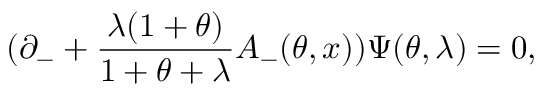
( \partial _ { - } + \frac { \lambda ( 1 + \theta ) } { 1 + \theta + \lambda } A _ { - } ( \theta , x ) ) \Psi ( \theta , \lambda ) = 0 ,